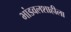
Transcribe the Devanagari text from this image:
भांडवलशाहीला